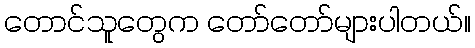
တောင်သူတွေက တော်တော်များပါတယ်။